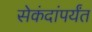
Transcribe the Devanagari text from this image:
सेकंदांपर्यंत